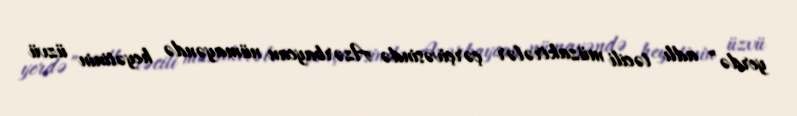
yerdə” adlı təcili müzakirələr çərçivəsində Azərbaycan nümayəndə heyətinin üzvü